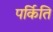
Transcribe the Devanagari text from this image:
पर्किति